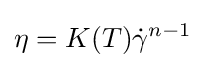
\eta =K(T){\dot {\gamma }}^{n-1}